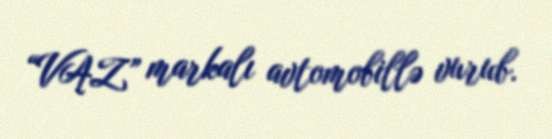
“VAZ” markalı avtomobillə vurub.